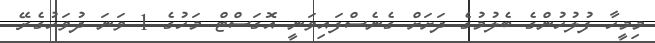
މިމީހާ ފުލުހުންގެ ބެލުމުގެ ދަށަށް ގެނެސްފައިވަނީ އޮގަސްޓް މަހުގެ 1 ވަނަ ދުވަހުގެރޭ